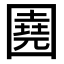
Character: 𡈦